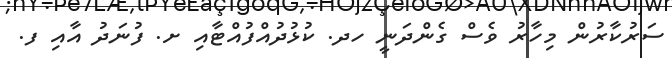
ސަރުކާރުން މިހާރު ވެސް ގެންދަނީ ހދ. ކުޅުދުއްފުއްޓާއި ށ. ފުނަދު އާއި ފ.